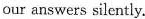
our answers silently